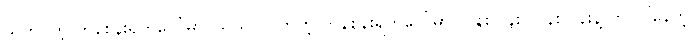
သူကိုင်တဲ့ ကန်စွန်းရွက်ပေါ်မှာ၊ သူသင်လိုက်တဲ့ ကန်စွန်းရွက်ပေါ်မှာ လန်းလန်း လန်းလန်းနဲ့ ကပ်ပါနေတဲ့